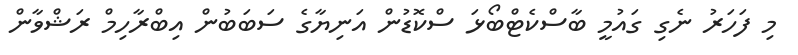
މި ފަހަރު ނެގި ގައުމީ ބާސްކެޓްބޯޅަ ސްކޮޑުން އަނިޔާގެ ސަބަބުން އިބްރާހިމް ރަޝްވާން